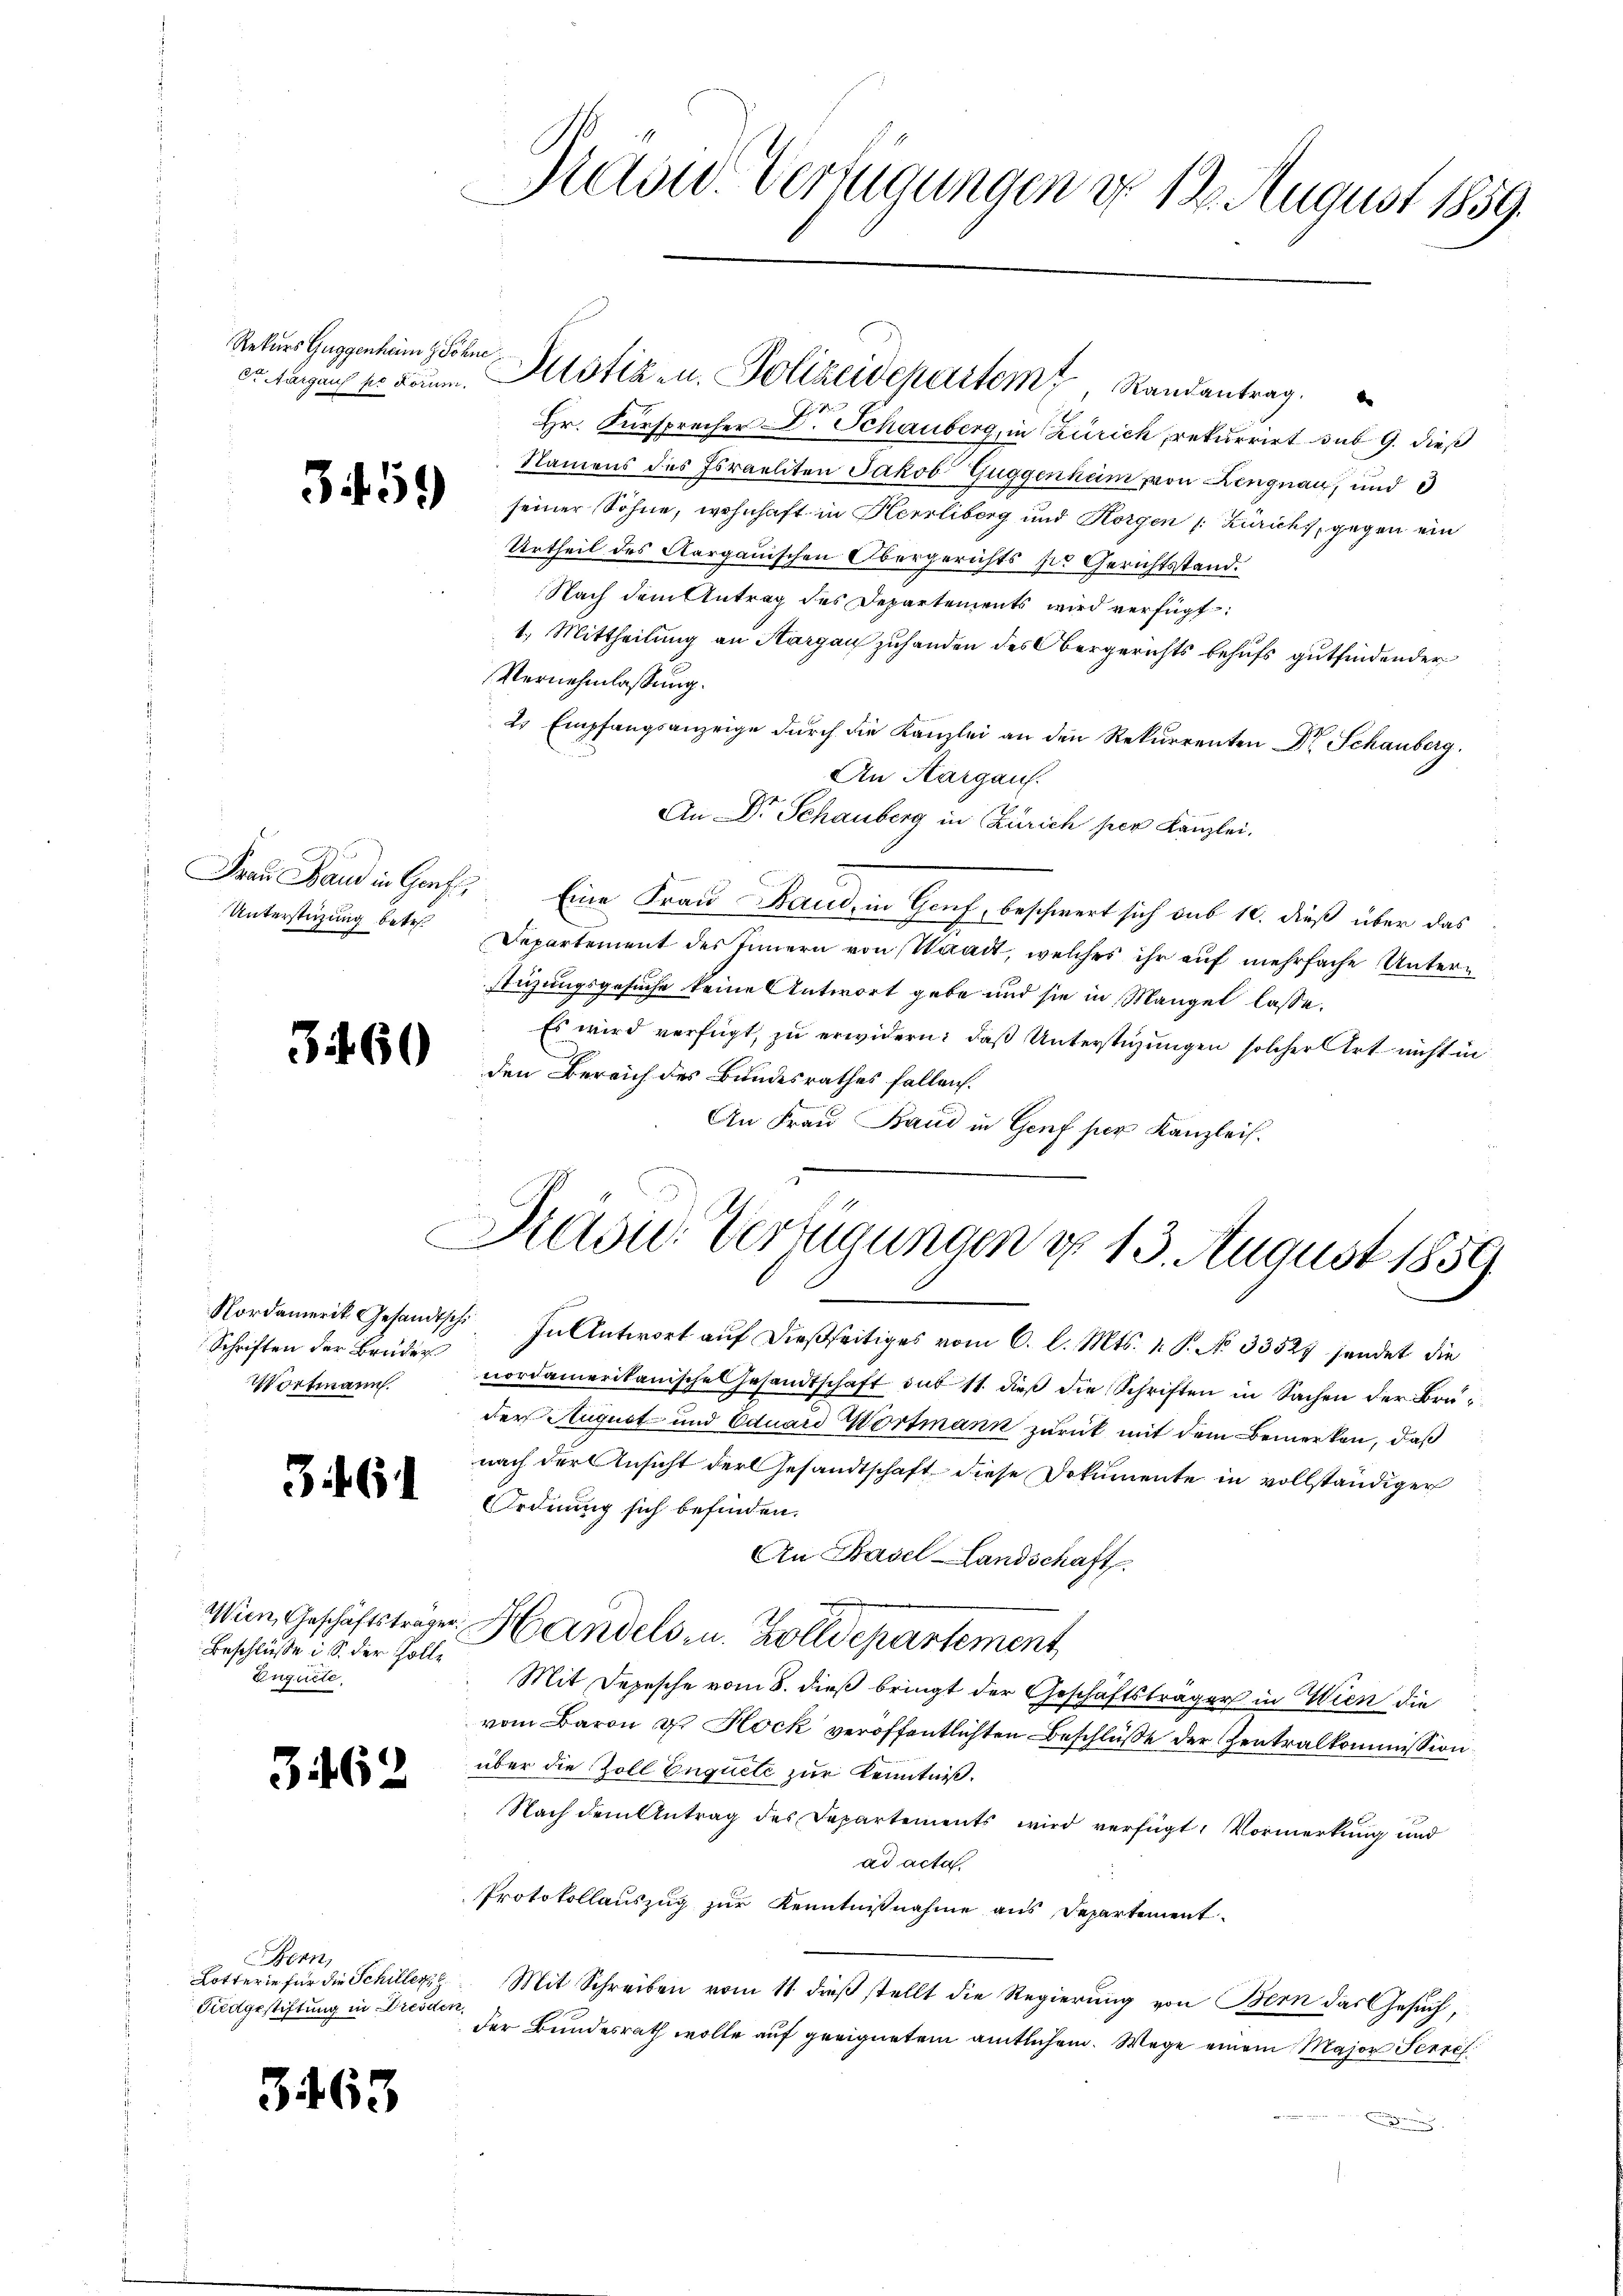
Rekurs Guggenheim & Söhne,

3459)

Frau Band in Genf,
Unterstüzung betr.

3460

Nordamerit Gesandtsche
Schriften der Bruder
Worfmann.

3f 61

Wien Geschäftsträger
Beschlüsse i S. der Zolle
Euguete.

3462

Bern,
Lotterie für die Schiller
Fiedgestiftung in Dresde

3463

Hasid. Verfügungen d. 12. August 1859.

Hr. Fürsprecher Dr. Schauberg, in Zürich, rekurrirt sub 9. dieß
Namens des Israeliten Jakob Guggenheim von Lengnau, und 3
seiner Söhne, wohnhaft in Herrliberg und Horgen (: Zurichs, gegen ein
Urtheil des Aargauischen Obergerichts s. Gerichtsstand.
Nach dem Antrag des Departements wird verfügt:
1. Mittheilung an Hargau zuhanden des Obergerichts behufs gutfindender
Vernehmlassung.
2. Empfangsanzeige durch die Kanzlei an den Rekurrenten Dr. Schauberg.
An Aargaus.
An Dr. Schauberg in Zürich per Kanzlei.
Eine Frau Band, in Hanf, beschwert sich sub 10. dieß über das
Departement des Innern von Waadt, welches ihr auf mehrfache Unterstüzungsgesuche keine Antwort gebe und sie in Mangel lasse.
Es wird verfügt, zu erwidern: daß Unterstüzungen solcher Art nicht in
den Bereich des Bundesrathes fallen.
An Frau Band in Genf per Kanzlei.
Präsid. Verfügungen d. 13. August 1859.

“ In Antwort auf dießseitiges vom 6. l. Mts. 1. P. No 33529 sendet die
nordamerikanische Gesandtschaft sub 11. dieß die Schriften in Sachen der Bruder August und Eduard Wortmann zurück mit dem Bemerken, daß
nach der Ansicht der Gesandtschaft diese Dokumente in vollständiger
OOrdnung sich befinden.
An Basel-Landschaft.
Handels- u. Zolldepartement,
Mit Depesche vom 8. dieß bringt der Geschäftsträger in Wien die
vom Baron u. Hock veröffentlichten Beschlüße der Zentralkommission.
über die Zoll Enquete zur Kenntniß.
Nach dem Antrag des Departements wird verfügt, Vormerkung und
ad acta
Protokollauszug zur Kenntnißnahme aus Departement.
Mit Schreiben vom 11. dieß stellt die Regierung von Bern das Gesuch,
der Bundesrath wolle auf geeignetem amtlichem Wege einem Major Secre
2

tägen er kaum. Allotiz u. Polizeidepartem Randantrag